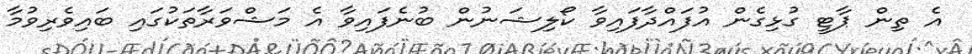
އެ ތިން ޕާޓީ ގުޅިގެން އުފައްދާފައިވާ ކޯލިޝަނުން ބުނެފައިވާ އެ މަޝްވަރާތަކުގައި ބައިވެރިވުމާ